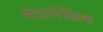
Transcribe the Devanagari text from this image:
मेटानेफ्रिक